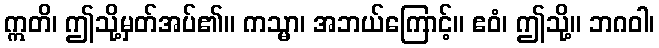
ဣတိ၊ ဤသို့မှတ်အပ်၏။ ကသ္မာ၊ အဘယ်ကြောင့်။ ဧဝံ၊ ဤသို့။ ဘဂဝါ၊